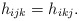
\begin{align*}h_{ijk}=h_{ikj}.\end{align*}